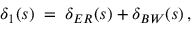
\delta _ { 1 } ( s ) \; = \; \delta _ { E R } ( s ) + \delta _ { B W } ( s ) \, ,